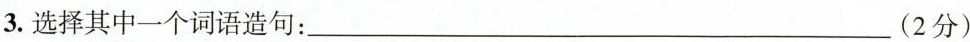
3.选择其中一个词语造句：___(2分)